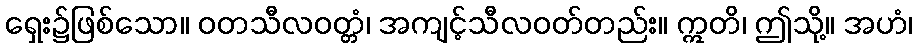
ရှေး၌ဖြစ်သော။ ဝတသီလဝတ္တံ၊ အကျင့်သီလဝတ်တည်း။ ဣတိ၊ ဤသို့။ အဟံ၊